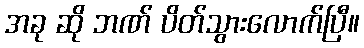
အခု ဆို ဘဏ် ပိတ်သွားလောက်ပြီ။